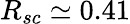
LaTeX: R_{sc}\simeq 0.41